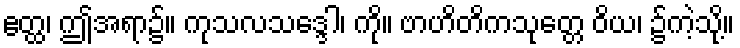
ဧတ္ထ၊ ဤအရာ၌။ ကုသလသဒ္ဒေါ၊ ကို။ ဗာဟိတိကသုတ္တေ ဝိယ၊ ၌ကဲ့သို့။